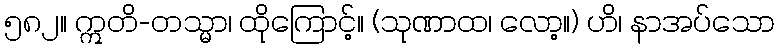
၅၈၂။ ဣတိ-တသ္မာ၊ ထိုကြောင့်။ (သုဏာထ၊ လော့။) ဟိ၊ နာအပ်သော